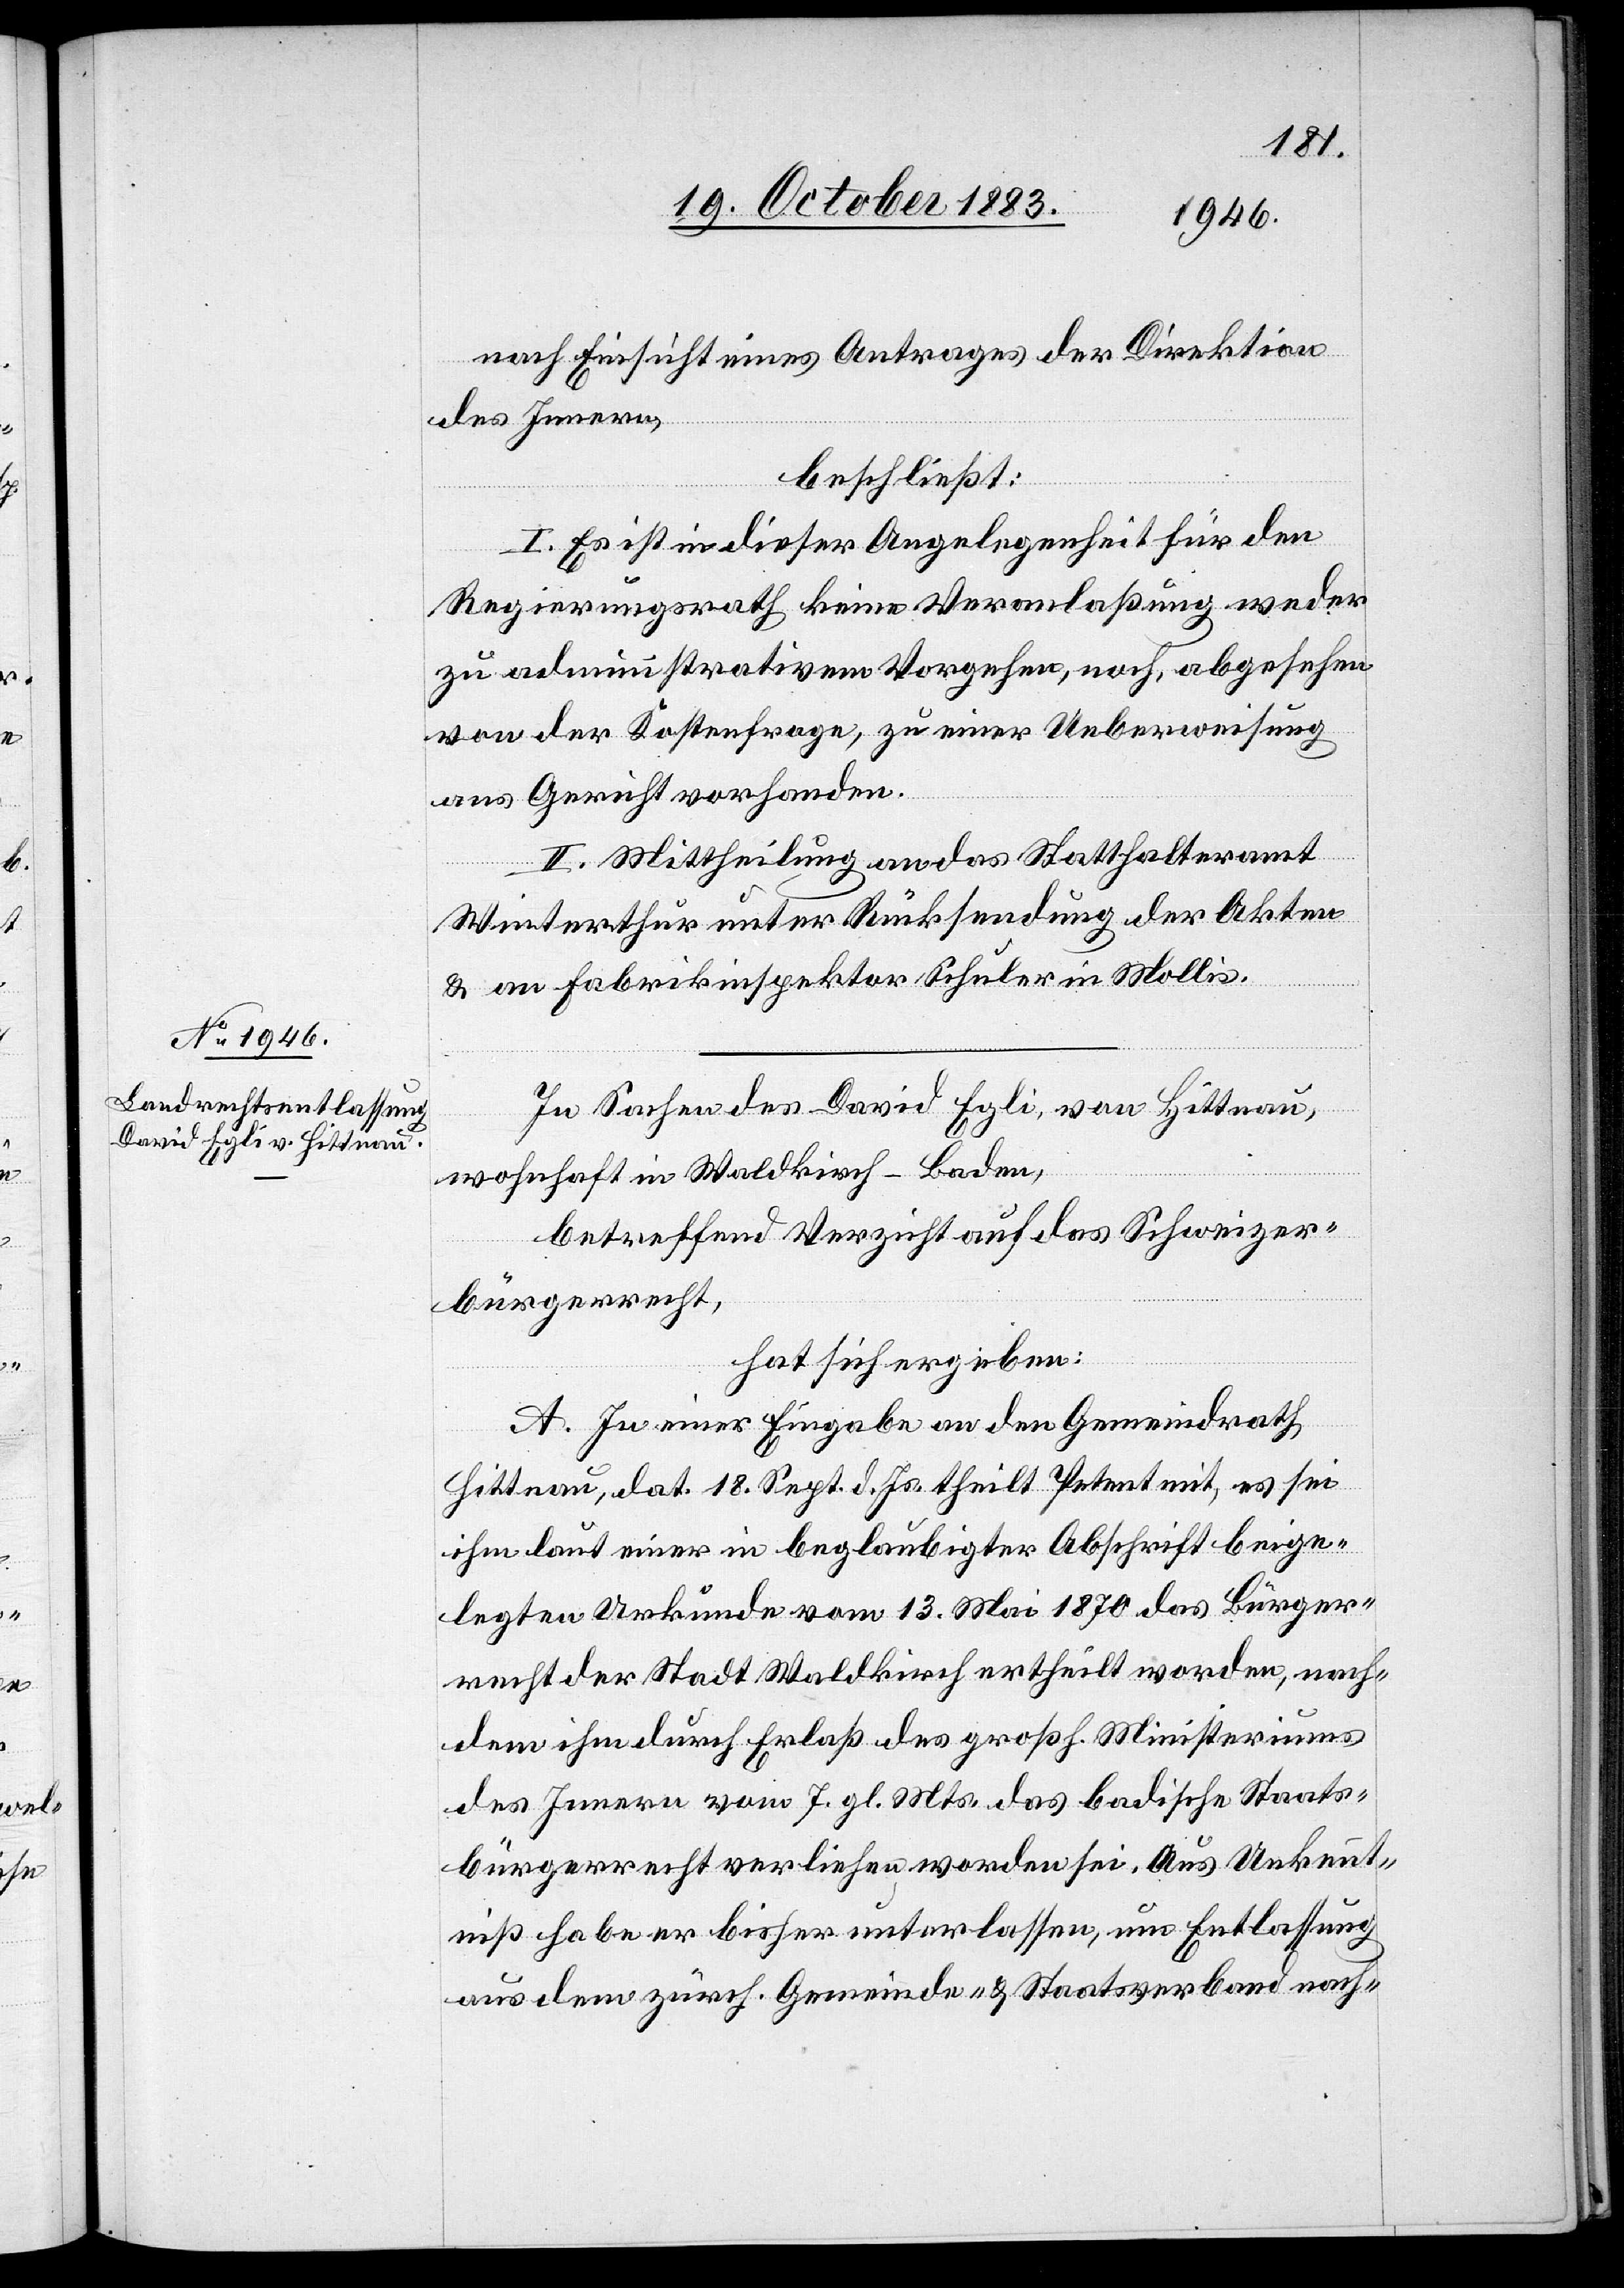
nach Einsicht eines Antrages der Direktion
des Innern,
beschließt:
I. Es ist in dieser Angelegenheit für den
Regierungsrath keine Veranlaßung weder
zu administrativem Vorgehen, noch, abgesehen
von der Kostenfrage, zu einer Ueberweisung
ans Gericht vorhanden.
II. Mittheilung an das Statthalteramt
Winterthur unter Rücksendung der Akten
& an Fabrikinspektor Schuler in Mollis.
In Sachen des David Egli, von Hittnau,
wohnhaft in Waldkirch - Baden,
betreffend Verzicht auf das Schweizer¬
bürgerrecht,
hat sich ergeben:
A. In einer Eingabe an den Gemeindrath
Hittnau, dat. 18. Sept. d. Js. theilt Petent mit, es sei
ihm laut einer in beglaubigter Abschrift beige¬
legten Urkunde vom 13. Mai 1870 das Bürger¬
recht der Stadt Waldkirch ertheilt worden, nach¬
dem ihm durch Erlaß des großh. Ministeriums
des Innern vom 7. gl. Mts. das badische Staats¬
bürgerrecht verliehen worden sei. Aus Unkennt¬
niß habe er bisher unterlassen, um Entlassung
aus dem zürch. Gemeinde- & Staatsverband nach-